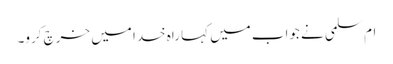
ام‌سلمی نے جواب میں کہا راہ خدا میں خرچ کرو۔